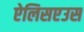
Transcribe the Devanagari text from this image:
ऐलिसएउस